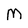
Character: M